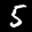
Label: 5